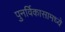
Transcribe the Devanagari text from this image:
पुनर्विकासामध्ये